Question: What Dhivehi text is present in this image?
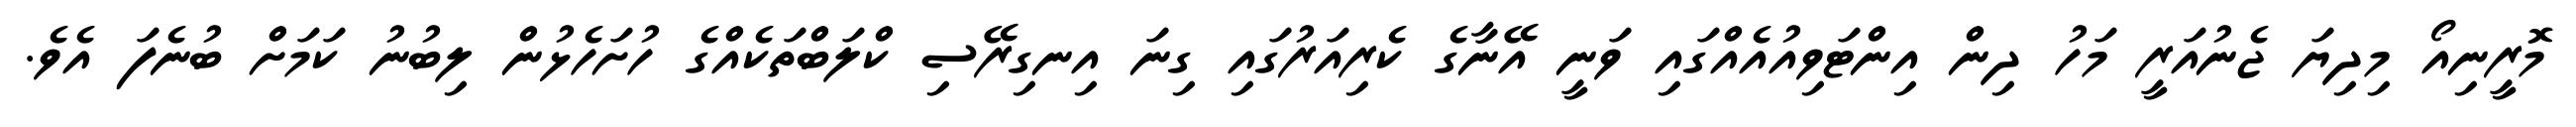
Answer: މޮރީނިއޯ މިދިޔަ ޖެނުއަރީ މަހު ދިން އިންޓަވިއުއެއްގައި ވަނީ އޭނާގެ ކެރިއަރުގައި ގިނަ އިނގިރޭސި ކްލަބްތަކެއްގެ ހުށަހެޅުން ލިބުނު ކަމަށް ބުނެފަ އެވެ.